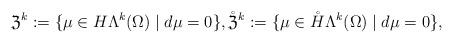
LaTeX: \begin{align*}\mathfrak{Z}^{k}:=\{\mu\in H\Lambda^{k}(\Omega)\mid d\mu=0\}, \mathring{\mathfrak{Z}}^{k}:=\{\mu\in\mathring{H}\Lambda^{k}(\Omega)\mid d\mu=0\},\end{align*}